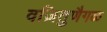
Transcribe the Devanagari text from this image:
वज़ितुणैगळ